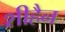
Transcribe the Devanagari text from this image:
शीहैन